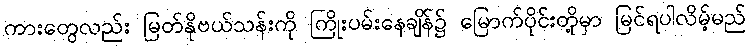
ကားတွေလည်း မြတ်နိုဗယ်သန်းကို ကြိုးပမ်းနေချိန်၌ မြောက်ပိုင်းတို့မှာ မြင်ရပါလိမ့်မည်